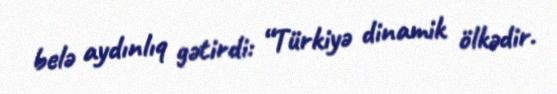
belə aydınlıq gətirdi: “Türkiyə dinamik ölkədir.